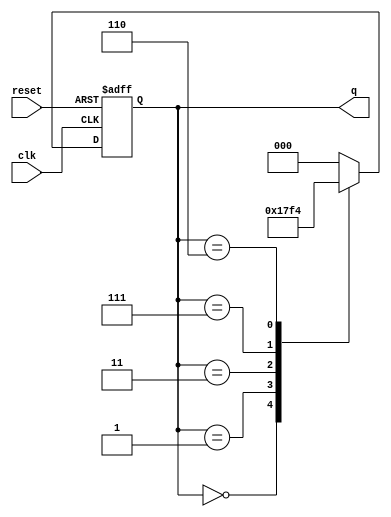
module modified_johnson_counter (
    input wire clk,        // Clock input
    input wire reset,      // Asynchronous reset input
    output reg [2:0] q     // 3-bit output for the counter
);

// Always block that triggers on the rising edge of the clock or on reset
always @(posedge clk or posedge reset) begin
    if (reset) begin
        // On reset, initialize the counter to 000
        q <= 3'b000;
    end else begin
        // Modified Johnson Counter logic
        case (q)
            3'b000: q <= 3'b001; // State 0
            3'b001: q <= 3'b011; // State 1
            3'b011: q <= 3'b111; // State 2
            3'b111: q <= 3'b110; // State 3
            3'b110: q <= 3'b100; // State 4
            3'b100: q <= 3'b000; // State 5 (wrap back to State 0)
            default: q <= 3'b000; // Default reset state
        endcase
    end
end

endmodule